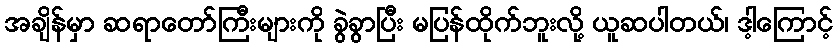
အချိန်မှာ ဆရာတော်ကြီးများကို ခွဲခွာပြီး မပြန်ထိုက်ဘူးလို့ ယူဆပါတယ်၊ ဒါ့ကြောင့်